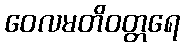
ဝေလမတိဝတ္တရေ